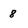
Character: 8